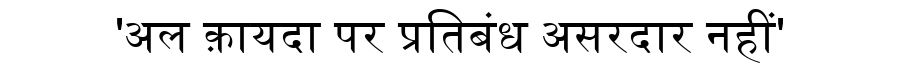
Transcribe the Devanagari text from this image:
'अल क़ायदा पर प्रतिबंध असरदार नहीं'